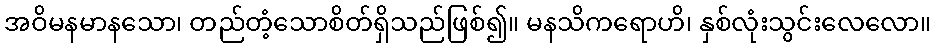
အဝိမနမာနသော၊ တည်တံ့သောစိတ်ရှိသည်ဖြစ်၍။ မနသိကရောဟိ၊ နှစ်လုံးသွင်းလေလော။